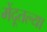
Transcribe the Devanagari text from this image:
मेंदूतल्या